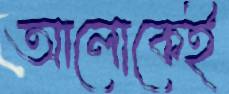
আলোকেই